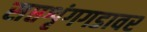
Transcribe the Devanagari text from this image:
सप्तशृंगगडावर